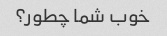
خوب شما چطور؟